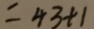
= 4 3 + 1